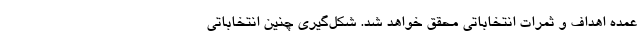
عمده اهداف و ثمرات انتخاباتی محقق خواهد شد. شکل‌گیری چنین انتخاباتی